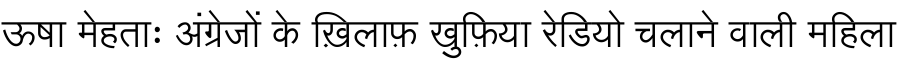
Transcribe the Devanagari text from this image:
ऊषा मेहताः अंग्रेजों के ख़िलाफ़ खुफ़िया रेडियो चलाने वाली महिला